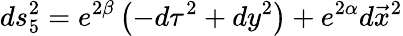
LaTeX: ds_{5}^{2}=e^{2\beta}\left(-d\tau^{2}+dy^{2}\right)+e^{2\alpha}d\vec{x}^{2}